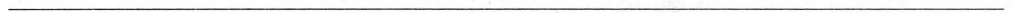
___